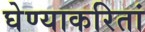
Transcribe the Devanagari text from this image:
घेण्याकरितां